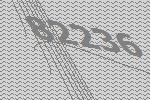
82236